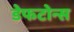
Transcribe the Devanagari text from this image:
डेफटोन्स